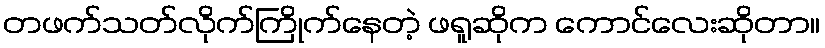
တဖက်သတ်လိုက်ကြိုက်နေတဲ့ ဖရူဆိုက ကောင်လေးဆိုတာ။